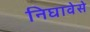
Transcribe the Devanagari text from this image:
निघावेसे